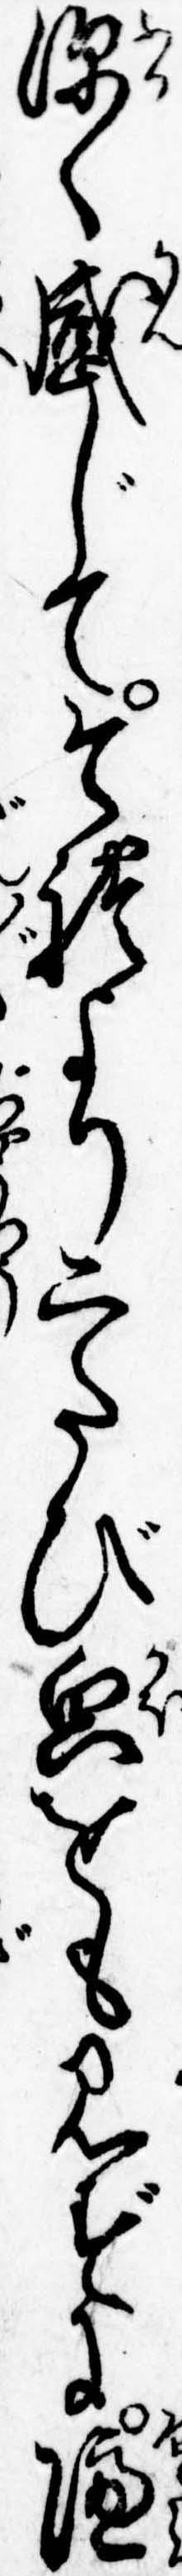
深く感じてそれより二たび貌をも見ずに隔